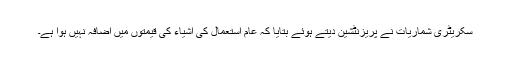
سکریٹری شماریات نے پریزنٹشین دیتے ہوئے بتایا کہ عام استعمال کی اشیاء کی قیمتوں میں اضافہ نہیں ہوا ہے۔